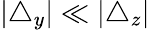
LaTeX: |\triangle_{y}|\ll|\triangle_{z}|